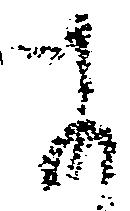
に